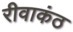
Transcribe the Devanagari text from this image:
रीवाकंठ